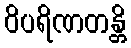
ဝိပရိဏတန္တိ